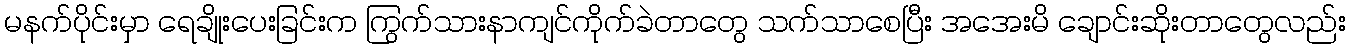
မနက်ပိုင်းမှာ ရေချိုးပေးခြင်းက ကြွက်သားနာကျင်ကိုက်ခဲတာတွေ သက်သာစေပြီး အအေးမိ ချောင်းဆိုးတာတွေလည်း